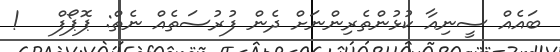
ބައެއް ސީނިއާ ކުޅުންތެރިންނަށް ދެން ފުރުސަތެއް ނެތް: ޕޮޕޯފް   !